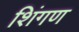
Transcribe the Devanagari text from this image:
शिंगण